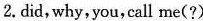
2.did,why, you, call me(?)